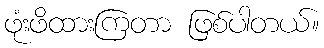
ဖုံးဖိထားကြတာ ဖြစ်ပါတယ်။